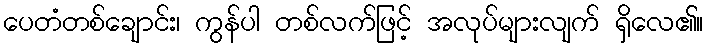
ပေတံတစ်ချောင်း၊ ကွန်ပါ တစ်လက်ဖြင့် အလုပ်များလျက် ရှိလေ၏။